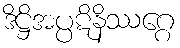
ဒိဋ္ဌိအပ္ပဋိနိဿဂ္ဂေ